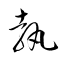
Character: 執